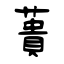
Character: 蕢